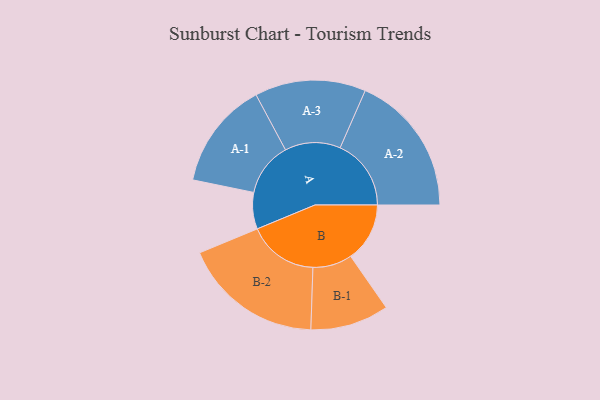
{"axis": {"x": "Segment", "y": "Value"}, "legend": ["", "A", "B"], "data": [{"x": "A", "y": 144, "type": ""}, {"x": "B", "y": 233, "type": ""}, {"x": "A-1", "y": 212, "type": "A"}, {"x": "A-2", "y": 280, "type": "A"}, {"x": "A-3", "y": 219, "type": "A"}, {"x": "B-1", "y": 155, "type": "B"}, {"x": "B-2", "y": 277, "type": "B"}]}